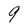
Character: 9